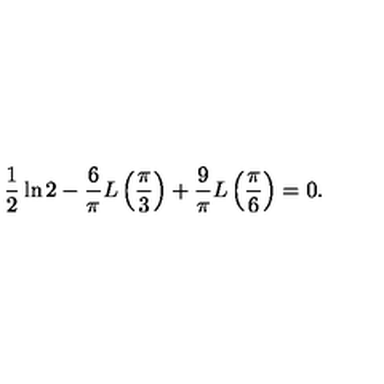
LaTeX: \frac { 1 } { 2 } \ln 2 - \frac { 6 } { \pi } L \left( \frac { \pi } { 3 } \right) + \frac { 9 } { \pi } L \left( \frac { \pi } { 6 } \right) = 0 .